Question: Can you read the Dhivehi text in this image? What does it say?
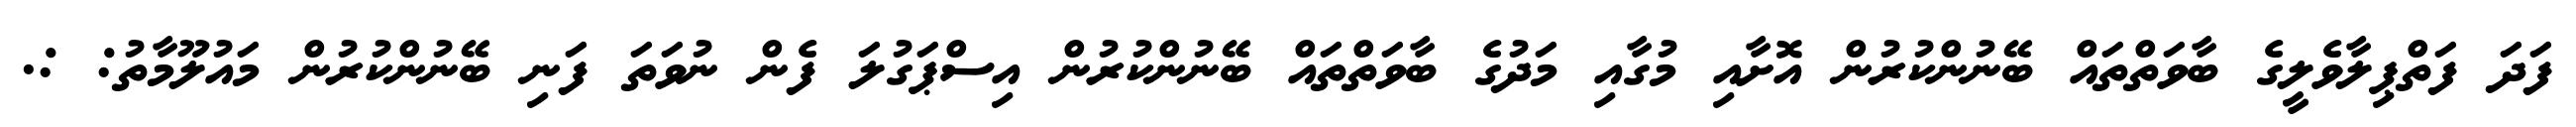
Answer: ފަދަ ފަތްޕިލާވެލީގެ ބާވަތްތައް ބޭނުންކުރުން އޮށާއި މުގާއި މަދުގެ ބާވަތްތައް ބޭނުންކުރުން އިސްޕަގުލަ ފެން ނުވަތަ ފަނި ބޭނުންކުރުން މައުލޫމާތު: :.